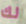
لك